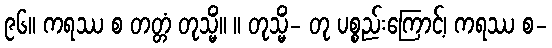
၉၆။ ကရဿ စ တတ္တံ တုသ္မိံ။ ။ တုသ္မိံ- တု ပစ္စည်းကြောင့်၊ ကရဿ စ-